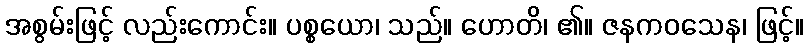
အစွမ်းဖြင့် လည်းကောင်း။ ပစ္စယော၊ သည်။ ဟောတိ၊ ၏။ ဇနကဝသေန၊ ဖြင့်။